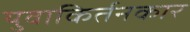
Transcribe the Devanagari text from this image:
युवाकिर्तनकार